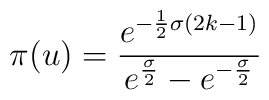
\pi(u)=\frac{e^{-\frac{1}{2}\sigma(2k-1)}}{e^{\frac{\sigma}{2}} -e^{-\frac{\sigma}{2}}}